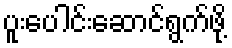
ပူးပေါင်းဆောင်ရွက်ဖို့